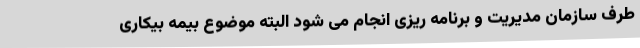
طرف سازمان مدیریت و برنامه ریزی انجام می شود البته موضوع بیمه بیکاری